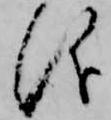
儀